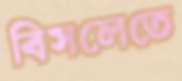
বিসলেতে